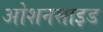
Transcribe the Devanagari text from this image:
ओशनसाइड